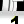
Digit: 1